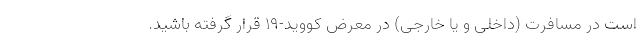
است در مسافرت (داخلی و یا خارجی) در معرض کووید-۱۹ قرار گرفته باشید.